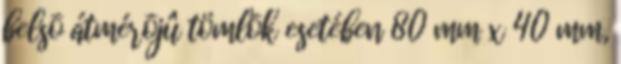
belsõ átmérõjû tömlõk esetében 80 mm x 40 mm,